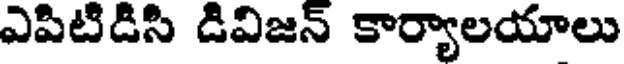
ఎపిటిడిసి డివిజన్ కార్యాలయాలు